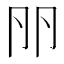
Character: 𠨖